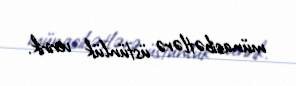
münasibətlərə üstünlük veririk.